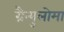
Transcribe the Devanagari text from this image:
ग्रैन्युलोमा